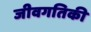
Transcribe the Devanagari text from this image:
जीवगतिकी